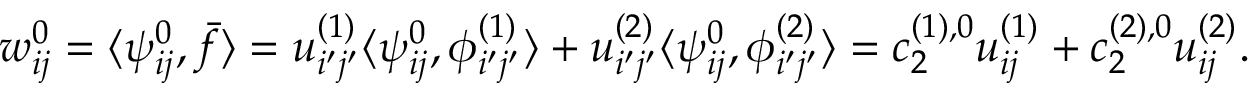
w _ { i j } ^ { 0 } = \langle \psi _ { i j } ^ { 0 } , \bar { f } \rangle = u _ { i ^ { \prime } j ^ { \prime } } ^ { ( 1 ) } \langle \psi _ { i j } ^ { 0 } , \phi _ { i ^ { \prime } j ^ { \prime } } ^ { ( 1 ) } \rangle + u _ { i ^ { \prime } j ^ { \prime } } ^ { ( 2 ) } \langle \psi _ { i j } ^ { 0 } , \phi _ { i ^ { \prime } j ^ { \prime } } ^ { ( 2 ) } \rangle = c _ { 2 } ^ { ( 1 ) , 0 } u _ { i j } ^ { ( 1 ) } + c _ { 2 } ^ { ( 2 ) , 0 } u _ { i j } ^ { ( 2 ) } .